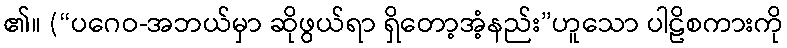
၏။ (“ပဂေဝ-အဘယ်မှာ ဆိုဖွယ်ရာ ရှိတော့အံ့နည်း”ဟူသော ပါဠိစကားကို